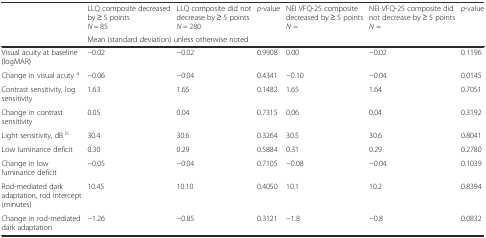
|  | LLQ composite decreased by ≥ 5 pointsN = 85 | LLQ composite did not decrease by ≥ 5 pointsN = 280 | p-value | NEI VFQ-25 composite decreased by ≥ 5 pointsN = | NEI VFQ-25 composite did not decrease by ≥ 5 pointsN = | p-value |
 |  | <COLSPAN=2> Mean (standard deviation) unless otherwise noted |  |  |  |  |
 | --- | --- | --- | --- | --- | --- | --- |
 | Visual acuity at baseline (logMAR) | −0.02 | −0.02 | 0.9908 | 0.00 | −0.02 | 0.1196 |
 | Change in visual acuty a | −0.06 | −0.04 | 0.4341 | −0.10 | −0.04 | 0.0145 |
 | Contrast sensitivity, log sensitivity | 1.63 | 1.65 | 0.1482 | 1.65 | 1.64 | 0.7051 |
 | Change in contrast sensitivity | 0.05 | 0.04 | 0.7315 | 0.06 | 0.04 | 0.3192 |
 | Light sensitivity, dB b | 30.4 | 30.6 | 0.3264 | 30.5 | 30.6 | 0.8041 |
 | Low luminance deficit | 0.30 | 0.29 | 0.5884 | 0.31 | 0.29 | 0.2780 |
 | Change in low luminance deficit | −0.05 | −0.04 | 0.7105 | −0.08 | −0.04 | 0.1039 |
 | Rod-mediated dark adaptation, rod intercept (minutes) | 10.45 | 10.10 | 0.4050 | 10.1 | 10.2 | 0.8394 |
 | Change in rod-mediated dark adaptation | −1.26 | −0.85 | 0.3121 | −1.8 | −0.8 | 0.0832 |